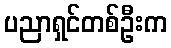
ပညာရှင်တစ်ဦးက